system: You are a helpful assistant.
user:
Analyze the provided spectrum to determine if it is a **Carbon Star (C-type)**.

- **Key Visual Indicators of Carbon Star:**
    - **(Primary):** Strong molecular absorption from **C₂ (diatomic carbon) "Swan Bands."** This is the **defining feature** of a carbon star.
        - **(Key Bandheads):** Sharp absorption edges are visible at approximately $5635$ Å, $5165$ Å (the strongest band), and $4737$ Å.
        - **(Line Profile):** Creates a distinct **"saw-tooth"** pattern. The key morphology is a sharp, steep bandhead on the **red (long-wavelength) side**, which then gradually tapers off (i.e., flux recovers) towards the **blue (short-wavelength) side**. *(This is the direct opposite of the TiO bands seen in M-type stars)*.

    - **(Secondary):** Intense **CN (cyanogen)** molecular absorption bands.
        - **(Key Bandheads):** Located in the blue and violet regions of the spectrum (e.g., near $4215$ Å and $3883$ Å).
        - **(Morphology):** These bands are extremely broad and act as a "blanket," absorbing the vast majority of blue and violet light. This creates a characteristic **"cliff"** or **"steep drop-off"** in the spectrum's flux at short wavelengths.

    - **(Key Confirmation):** Strong **CH absorption band (G-band)**.
        - **(Key Bandhead):** Located around $4300$ Å. The contribution from CH molecules to this band is exceptionally strong.

    - **(Overall Spectrum):**
        - The continuum is severely "chopped up" by these deep molecular bands, especially C₂, rather than appearing as a smooth curve.
        - Due to the heavy CN and C₂ absorption in the blue-green, the vast majority of the star's flux is concentrated in the red part of the spectrum, giving the star its characteristic deep red color.

Think first, call **spectral_visualization_tool** if needed to examine features in detail, then provide your final answer. Your response must adhere to the following strict rules:
1.  **Overall Structure:** Your response must follow the format `<think>...</think> <tool_call>...</tool_call> (if a tool is used) <answer>...</answer>`.
2.  **Tool Usage Constraint:** You may only make **one** tool call per turn.
3.  **Final Answer Format:** In the `<answer>` tag, your conclusion must be inside a `\boxed{}` command (e.g., `\boxed{YES}`), followed by your justification.

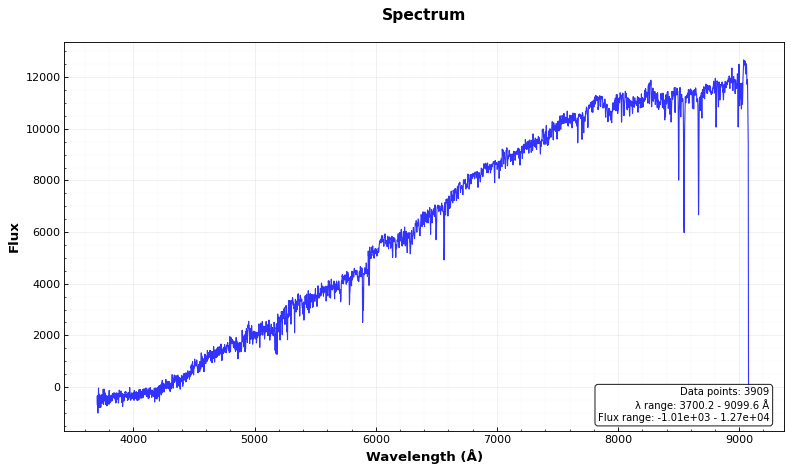
Answer: NO